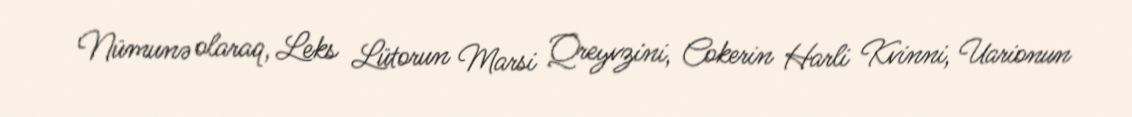
Nümunə olaraq, Leks Lütorun Marsi Qreyvzini, Cokerin Harli Kvinni, Uarionun